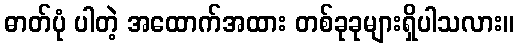
ဓာတ်ပုံ ပါတဲ့ အထောက်အထား တစ်ခုခုများရှိပါသလား။